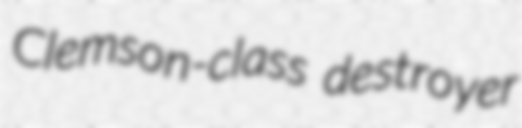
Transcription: Clemson-class destroyer